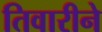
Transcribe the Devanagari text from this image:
तिवारीने